Punjab Mental Hospital Lahore 1922-31 - 1922-1931
Year: 1922
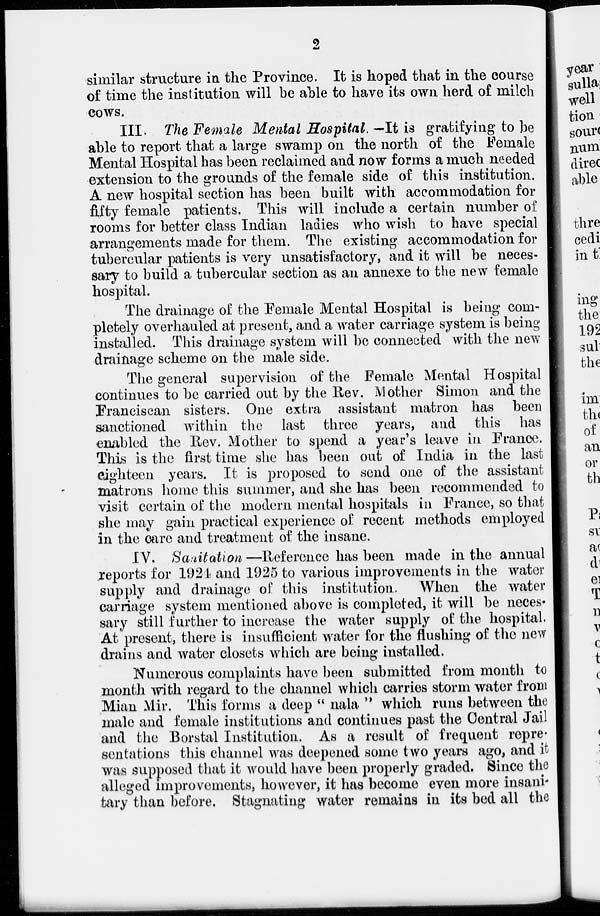
2
similar structure in the Province. It is hoped that in the course
of time the institution will be able to have its own herd of milch
cows.
III. The Female Mental Hospital. —It is gratifying to be
able to report that a large swamp on the north of the Female
Mental Hospital has been reclaimed and now forms a much needed
extension to the grounds of the female side of this institution.
A new hospital section has been built with accommodation for
fifty female patients. This will include a certain number of
rooms for better class Indian ladies who wish to have special
arrangements made for them. The existing accommodation for
tubercular patients is very unsatisfactory, and it will be neces-
sary to build a tubercular section as an annexe to the new female
hospital.
The drainage of the Female Mental Hospital is being com-
pletely overhauled at present, and a water carriage system is being
installed. This drainage system will be connected with the new
drainage scheme on the male side.
The general supervision of the Female Mental Hospital
continues to be carried out by the Rev. Mother Simon and the
Franciscan sisters. One extra assistant matron has been
sanctioned within the last three years, and this has
enabled the Rev. Mother to spend a year's leave in France.
This is the first time she has been out of India in the last
eighteen years. It is proposed to send one of the assistant
matrons home this summer, and she has been recommended to
visit certain of the modern mental hospitals in France, so that
she may gain practical experience of recent methods employed
in the care and treatment of the insane.
IV. Sanitation —Reference has been made in the annual
reports for 1924 and 1925 to various improvements in the water
supply and drainage of this institution. When the water
carriage system mentioned above is completed, it will be neces-
sary still further to increase the water supply of the hospital.
At present, there is insufficient water for the flushing of the new
drains and water closets which are being installed.
Numerous complaints have been submitted from month to
month with regard to the channel which carries storm water from
Mian Mir. This forms a deep " nala " which runs between the
male and female institutions and continues past the Central Jail
and the Borstal Institution. As a result of frequent repre-
sentations this channel was deepened some two years ago, and it
was supposed that it would have been properly graded. Since the
alleged improvements, however, it has become even more insani-
tary than before. Stagnating water remains in its bed all the